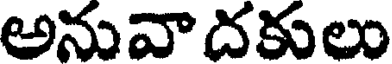
అనువాదకులు